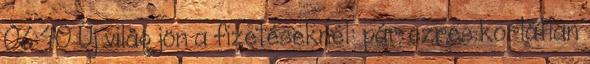
06:40 Új világ jön a fizetéseknél: pár ezres korlátlan